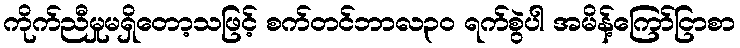
ကိုက်ညီမှုမရှိတော့သဖြင့် စက်တင်ဘာလ၃၀ ရက်စွဲပါ အမိန့်ကြော်ငြာစာ